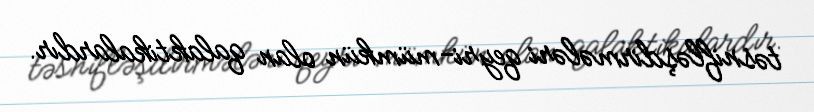
təsnifləşdirmələri qeyri-mümkün olan qalaktikalardır.